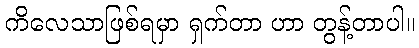
ကိလေသာဖြစ်ရမှာ ရှက်တာ ဟာ တွန့်တာပါ။